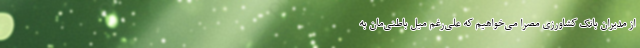
از مدیران بانک کشاورزی مصراً می‌خواهیم که علی‌رغم میل باطنی‌مان به